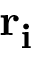
\mathbf { r _ { i } }